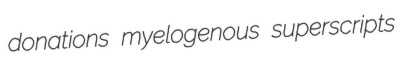
donations myelogenous superscripts